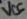
Text: VCC